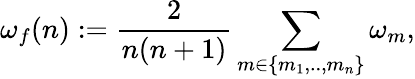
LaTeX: \omega_{f}(n):=\frac{2}{n(n+1)}\sum_{m\in\{ m_{1},..,m_{n}\} }\omega_{m},